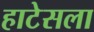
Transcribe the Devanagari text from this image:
हाटेसला